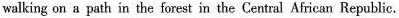
walking on a path in the forest in the Central African Republic.